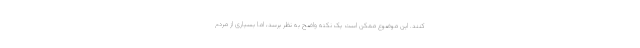
کنند. این موضوع ممکن است یک نکته واضح به نظر برسد، اما بسیاری از مردم